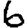
Digit: 6